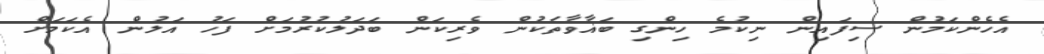
އެހެންކަމުން ސިފައިން ނިކުމެ ހިންގި ބަޣާވާތަކުން ވެރިކަން ބަދަލުކުރުމަށް ފަހު އަލުން އެކަމަށް